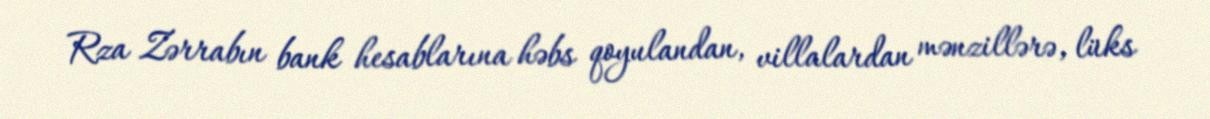
Rza Zərrabın bank hesablarına həbs qoyulandan, villalardan mənzillərə, lüks